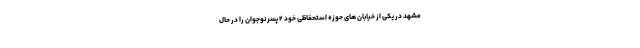
مشهد در یکی از خیابان های حوزه استحفاظی خود ۲ پسر نوجوان را در حال